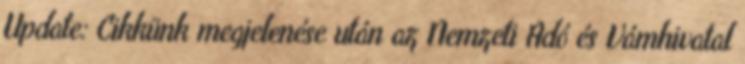
Update: Cikkünk megjelenése után az Nemzeti Adó és Vámhivatal